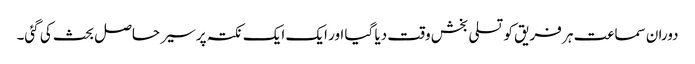
دوران سماعت ہر فریق کو تسلی بخش وقت دیا گیا اور ایک ایک نکتہ پر سیر حاصل بحث کی گئی۔